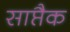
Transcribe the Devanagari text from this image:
साप्तैक